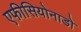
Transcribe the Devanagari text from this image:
एफीसियोनाडो